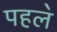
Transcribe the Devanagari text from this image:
पहल॓